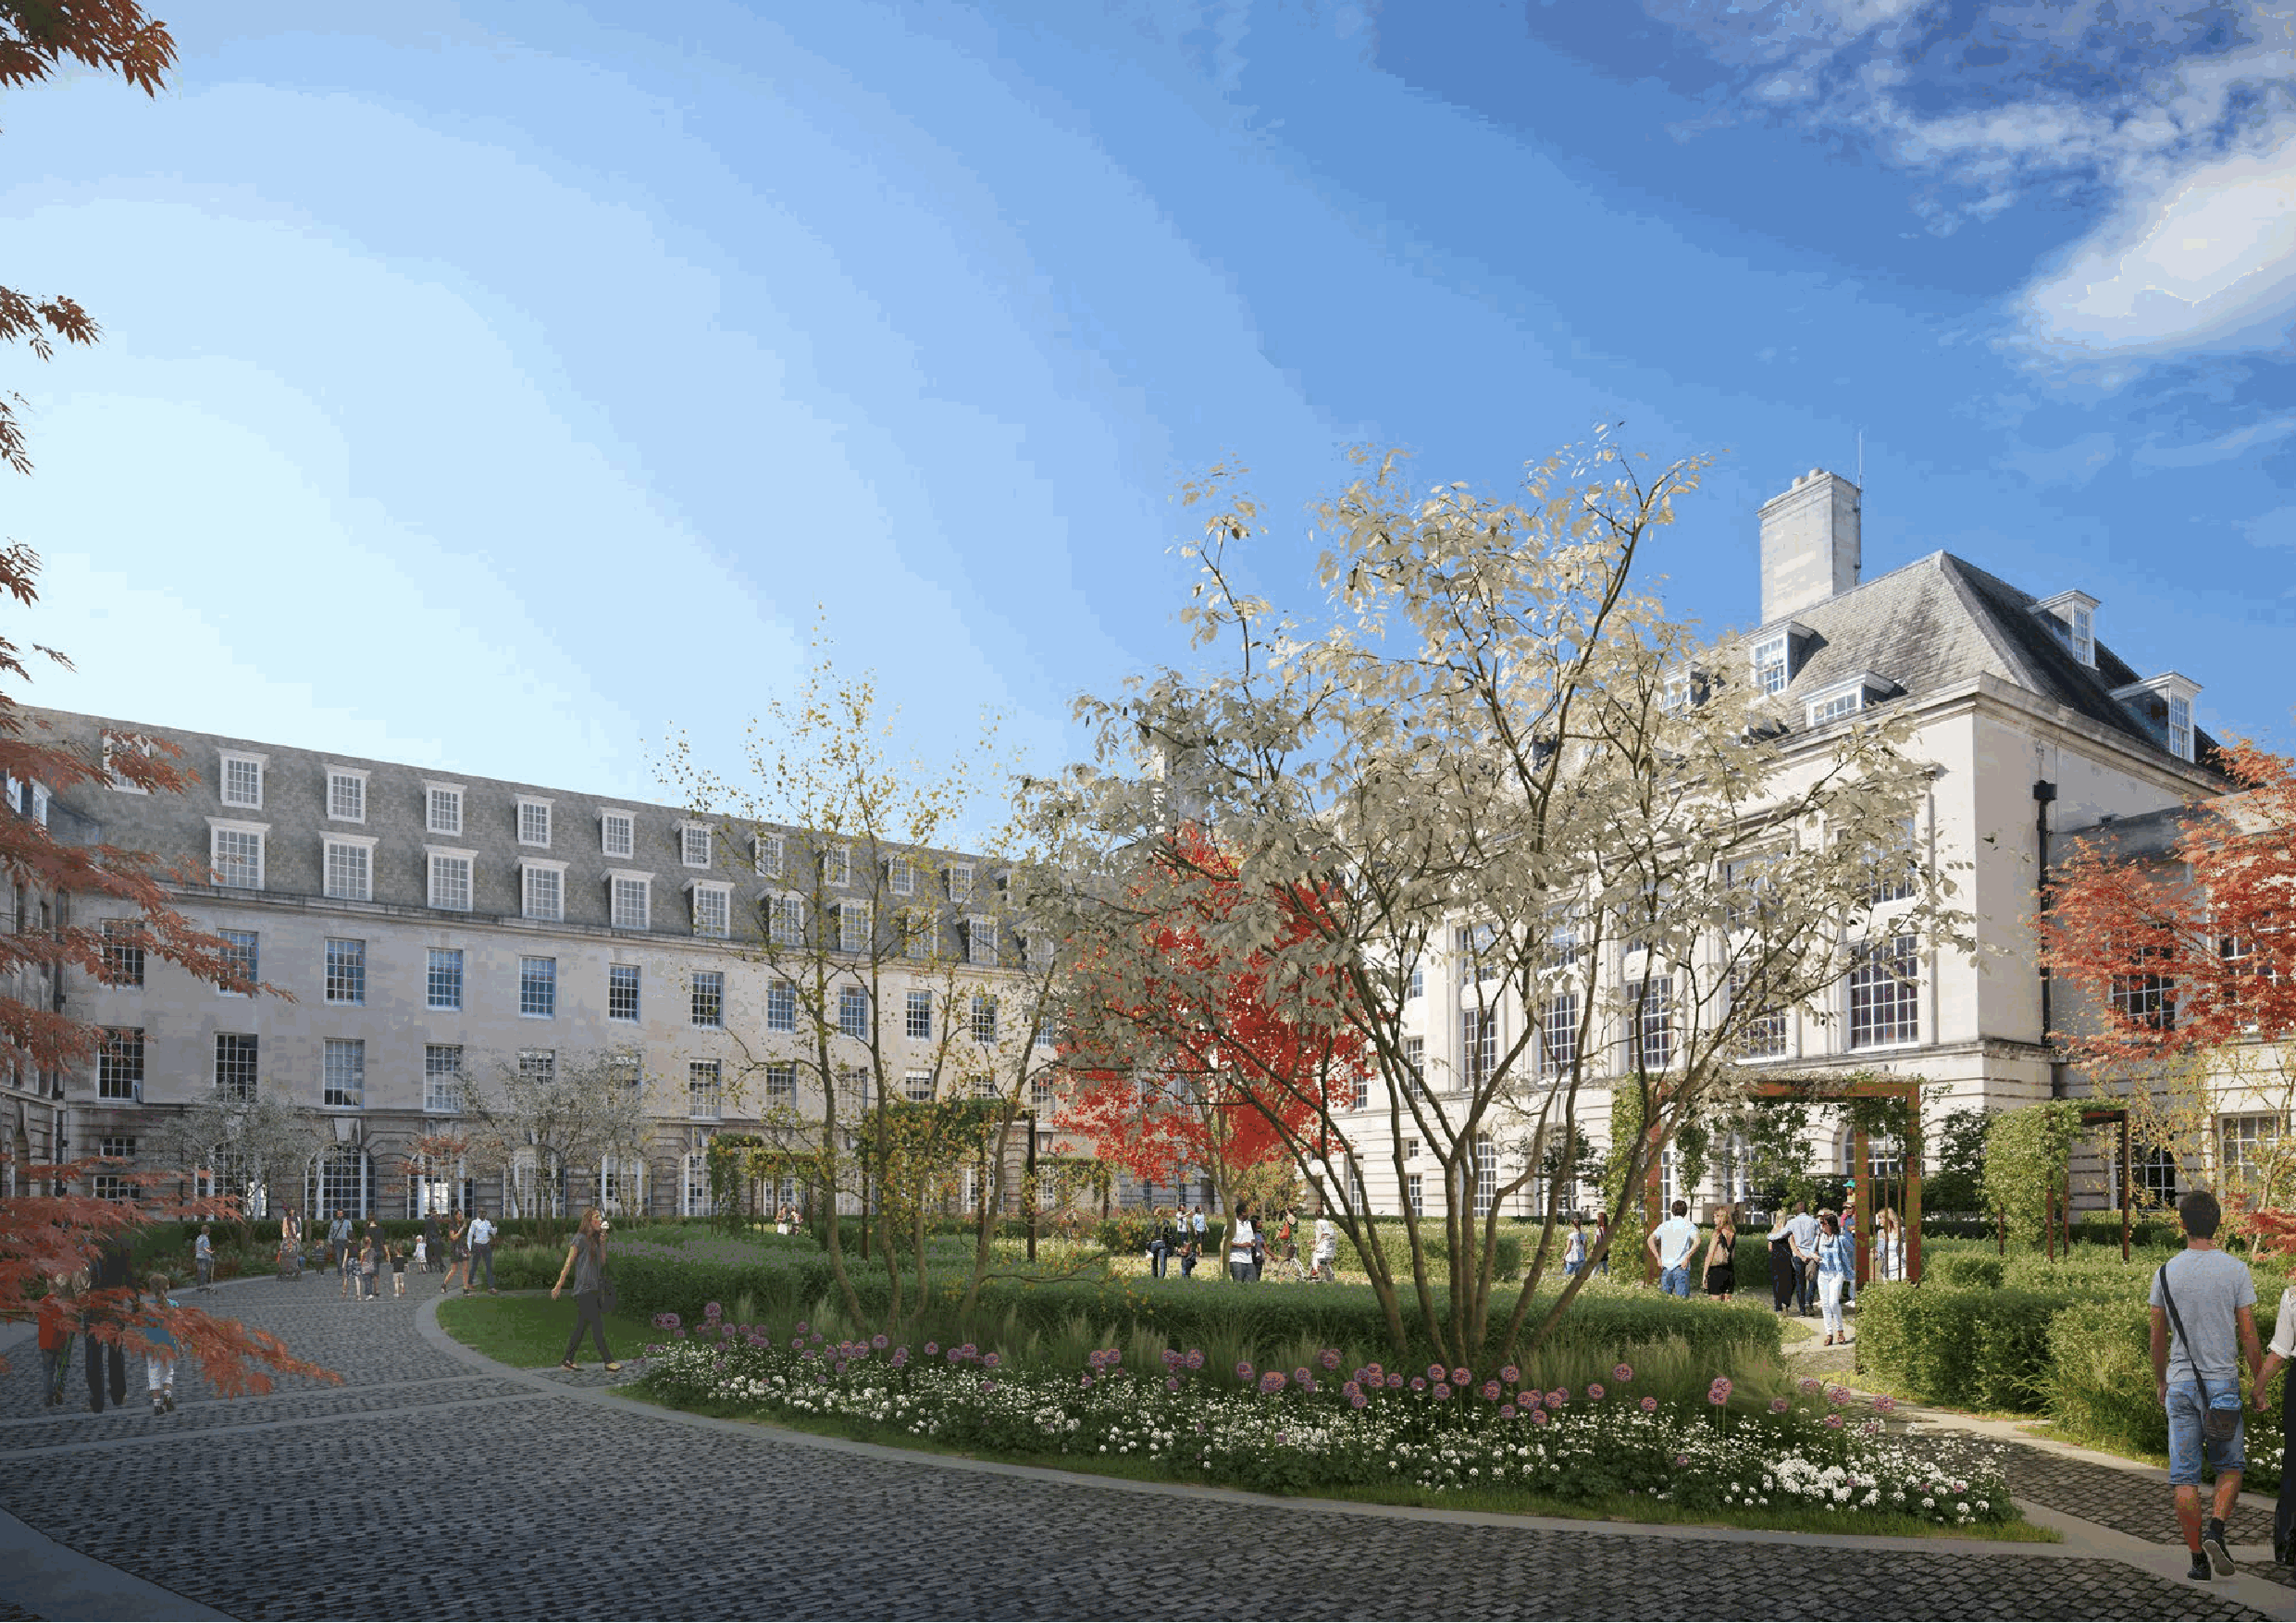
Former Surrey County Hall, Kingston Design and Access Statement                                                                           87